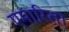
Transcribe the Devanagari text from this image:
एमारिता